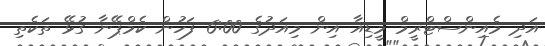
އަދި މެއިންސްޓްރީމް މީޑިއާ އިން މިއަދުގެ 6:00 ފަހުން ކެމްޕޭނާ ގުޅޭ ތަކެތި